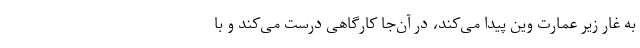
به غار زیر عمارت وین پیدا می‌کند، در آن‌جا کارگاهی درست می‌کند و با